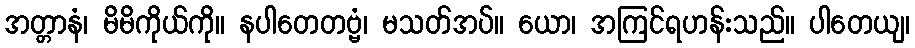
အတ္တာနံ၊ မိမိကိုယ်ကို။ နပါတေတဗ္ဗံ၊ မသတ်အပ်။ ယော၊ အကြင်ရဟန်းသည်။ ပါတေယျ၊